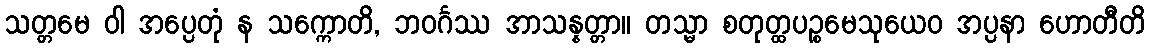
သတ္တမေ ဝါ အပ္ပေတုံ န သက္ကောတိ, ဘဝင်္ဂဿ အာသန္နတ္တာ။ တသ္မာ စတုတ္ထပဉ္စမေသုယေဝ အပ္ပနာ ဟောတီတိ